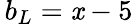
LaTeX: \, b_{L}=\mathit{x}-5